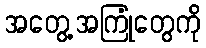
အတွေ့အကြုံတွေကို